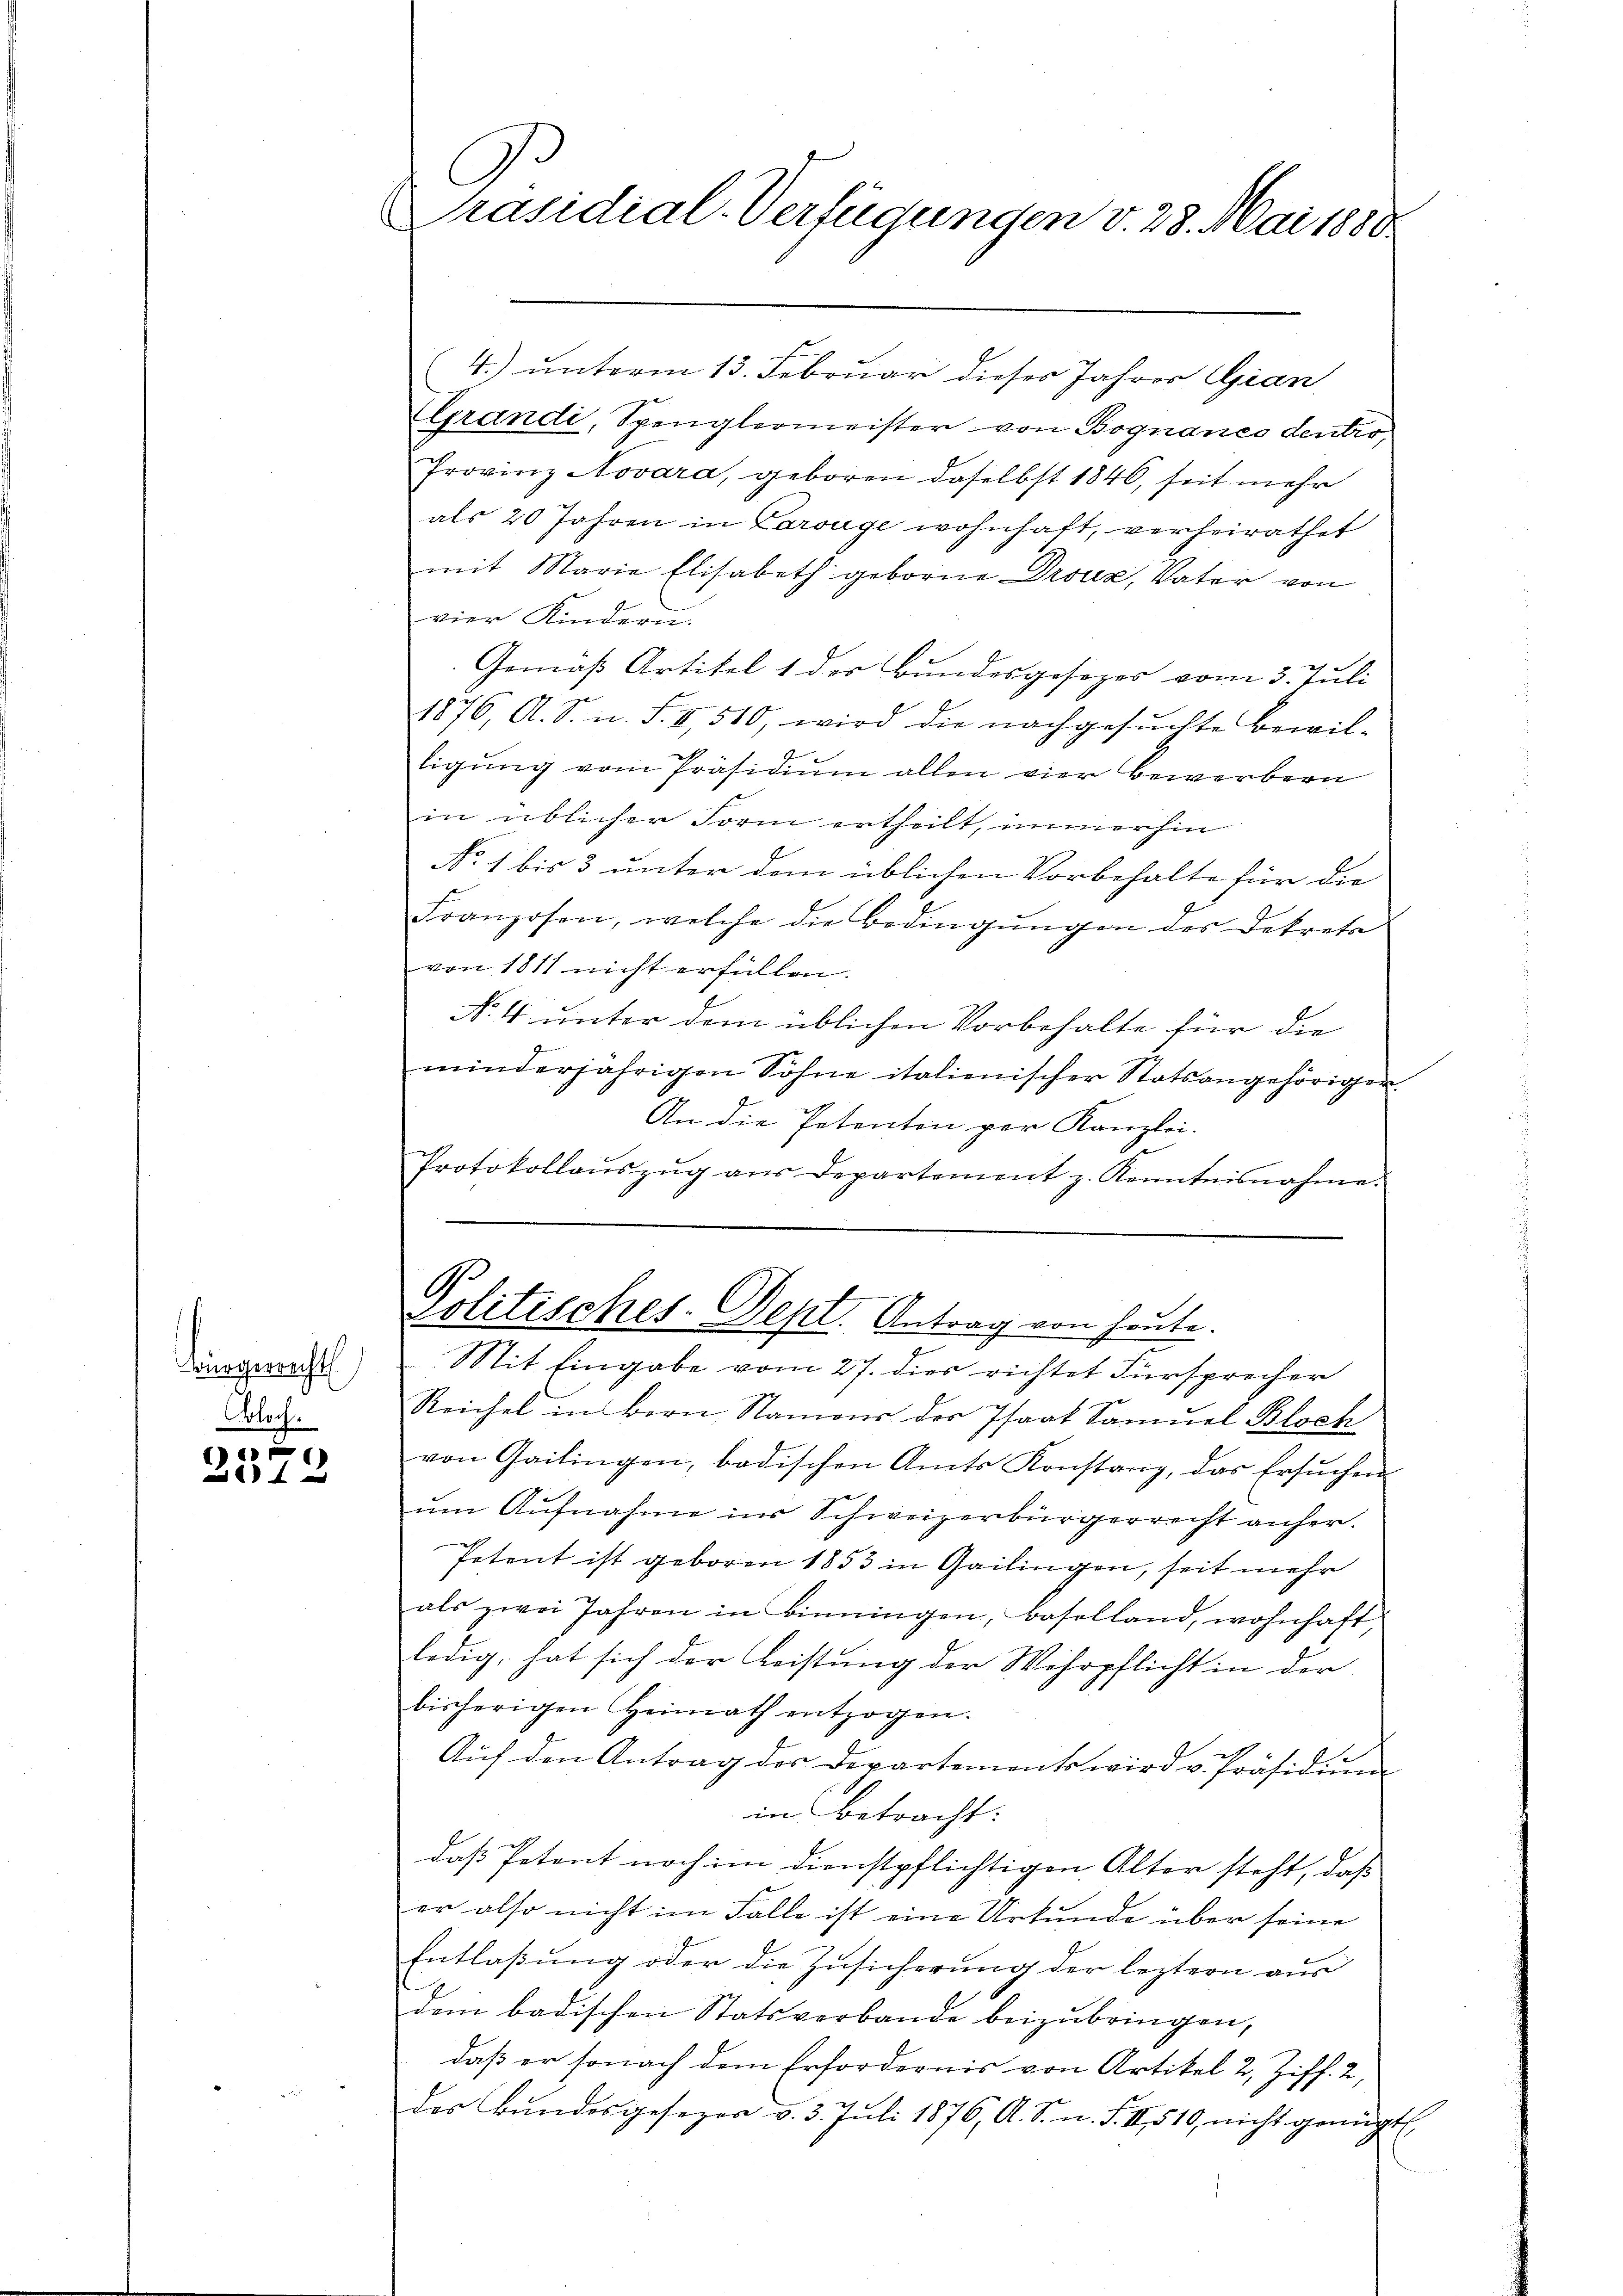
Bürgerrecht
Bloch.

2572

.
Präsidial-Verfügungen v. 28. Mai 1880

4.) unterm 13. Februar dieses Jahres Gian
Grandi, Spenglermeister von Bognanes dentro,
Provinz Novara, geboren daselbst 1846, seit mehr
als 20 Jahren in Larouge wohnhaft, verheirathet
mit Marie Elisabeth geborne Droux, Vater von
vier Kindern.
Gemäß Artikel 1 der Bundesgesezes vom 3. Juli
1876, A. S. n. F. II, 510, wird die nachgesŭchte Bewil-
ligung vom Präsidium allen vier bewerbern
in üblicher Form ertheilt, immerhin
No. 1 bis 3 unter dem üblichen Vorbehalte für die
Franzosen, welche die Bedingungen des Dekreta
von 1811 nicht erfüllen.
No 4 unter dem üblichen Vorbehalte für die
minderjährigen Söhne italienischer Statsangehörigen.
An die Petenten per Kanzlei.
Protokollaŭszŭg aŭs Departement z. Kenntnisnahme.

Reichel in Bern Namens der Phart Samuel Bloch
von Gailingen, badischen Amts Konstanz, das Ersŭchen
um Aufnahme ins Schweizerbürgerrecht anher.
Petent ist geboren 1853 in Gailingen, seit mehr
als zwei Jahren in Binningen, Baselland, wohnhaft
ledig, hat sich der Leistung der Wehrpflicht in der
bisherigen Heimath entzogen.
Auf den Antrag des Departements wird v. Präsidium
in Betracht:
daß Petent noch im Dienstpflichtigen Alter steht, daß
er also nicht im Falle ist eine Urkunde über seine
Entlaßung oder die Zusicherung der leztern aus
dem badischen Statsverbande beizubringen,
daß er sonach dem Erfordernis von Artikel 2, Ziff. 2,
der Bŭndesgesezer v. 3. Juli 1876, A. S. n. F. II 510, nicht genügt.

Politisches-Dept. Antrag von heute.
Mit Eingabe vom 27. dies richtet Fürsprecher